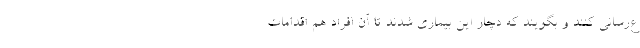
ع‌رسانی کنند و بگویند که دچار این بیماری شدند تا آن افراد هم اقدامات